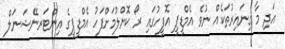
އަދި މާ ގިނައިރުތަކެއް ނުވެ އެމްޑީޕީ އޮފީހުގައި ރޯ ކޮށްލުމަށްފަހު އެމްޑީޕީގެ އިންޓަރނޭޝަނަލް